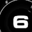
Digit: 6